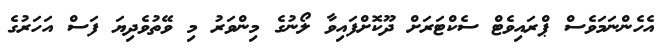
އެހެންނަމަވެސް ޕްރައިވެޓް ސެކްޓަރަށް ދޫކޮށްފައިވާ ލޯނުގެ މިންވަރު މި ވޭތުވެދިޔަ ފަސް އަހަރުގެ